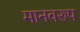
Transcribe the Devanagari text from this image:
मानवरुप